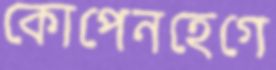
কোপেনহেগে